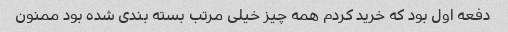
دفعه اول بود که خرید کردم همه چیز خیلی مرتب بسته بندی شده بود ممنون